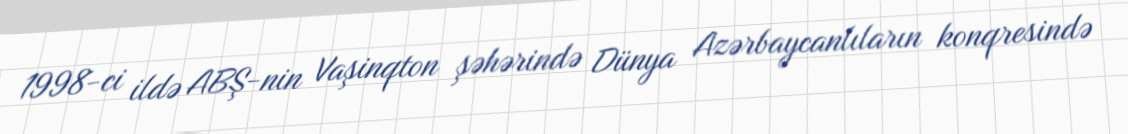
1998-ci ildə ABŞ-nin Vaşinqton şəhərində Dünya Azərbaycanlıların konqresində